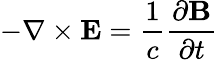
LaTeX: -\nabla\times\mathbf{E}={\frac{1}{c}}{\frac{\partial\mathbf{B}}{\partial t}}